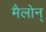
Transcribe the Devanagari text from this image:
मैलोन्